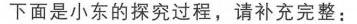
\[
\begin{align*}
S_{\triangle HGD}&=\frac{1}{2}S_{矩形HDGD_1}, S_{\triangle EFB_1}=\frac{1}{2}S_{矩形EBFB_1},\\
S_{\triangle FGA_1}&=\frac{1}{2}S_{矩形CFA_1G},\\
\therefore S_{四边形EFGH}&=S_{\triangle EHC_1}+S_{\triangle HGD}+S_{\triangle EFB_1}+S_{\triangle FGA_1}\\
&-S_{矩形A_1B_1C_1D_1},\\
\therefore 2S_{四边形EFGH}&=2S_{\triangle EHC_1}+2S_{\triangle HGD}+2S_{\triangle EFB_1}+2S_{\triangle FGA_1}\\
&-2S_{矩形A_1B_1C_1D_1},\\
\therefore 2S_{四边形EFGH}&=S_{矩形ABCD}-S_{矩形A_1B_1C_1D_1}.
\end{align*}
\]